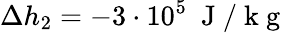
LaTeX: \Delta h_{2}=-3\cdot 10^{5}~\mathrm{~J~/~k~g~}